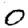
Digit: 0